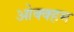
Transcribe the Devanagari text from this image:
ओक्क्हम